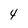
Character: 4